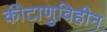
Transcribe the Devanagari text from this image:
कीटाणुविहीन